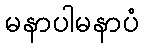
မနာပါမနာပံ